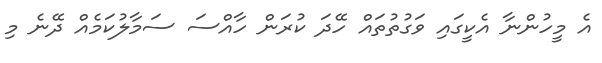
އެ މީހުންނާ އެކީގައި ވަގުތުތައް ހޭދަ ކުރަން ހާއްސަ ސަމާލުކަމެއް ދޭނެ މި